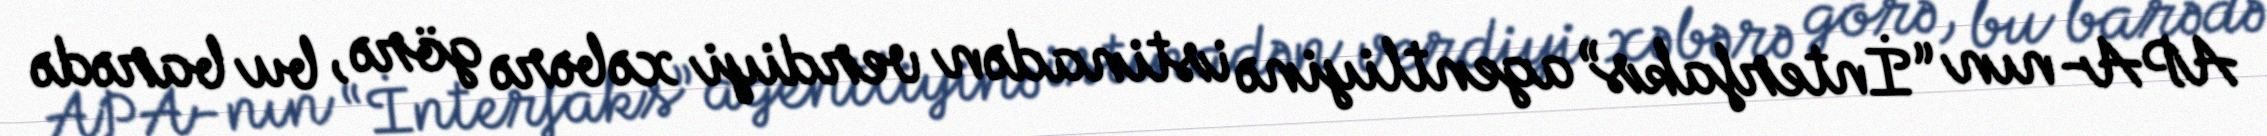
APA-nın “İnterfaks” agentliyinə istinadən verdiyi xəbərə görə, bu barədə